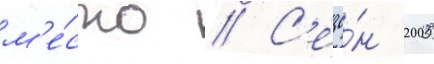
м'е́сто // С'езо́н 2005